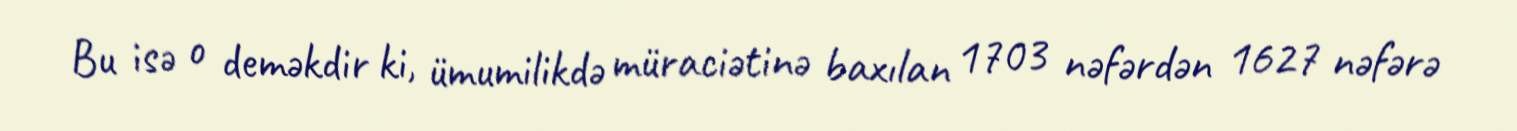
Bu isə o deməkdir ki, ümumilikdə müraciətinə baxılan 1703 nəfərdən 1627 nəfərə